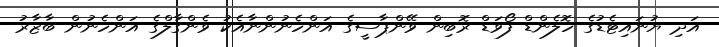
އަދި ޔުނައިޓެޑުގެ ހޮލެންޑް ފޯވަޑް ރޮބިން ވޭންޕާސީގެ އަންހެނުންނާއެކު ވެންގާލްގެ އަންހެނުން ބާޒާރު